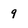
Character: 9